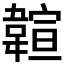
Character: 𩏆